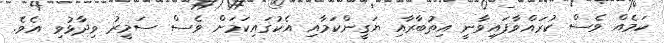
ކަމެއް ވެސް ކުރައްވާފައިވާނީ އިތުބާރާއި ޔަގީންކަމާއި އެކުގައިކަމަށް ވެސް ސަމީރު ވިދާޅުވި އެވެ.